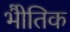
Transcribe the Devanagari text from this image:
भोैतिक